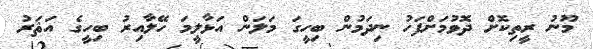
މޫނު ރީތިކޮށް ދޮވުމަށްފަހު ނިދަމުން ބިހީގަ މަލަން އަޅާލީމަ ހޭލާއިރު ބިހީގެ އަޘަރު